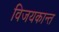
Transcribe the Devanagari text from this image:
विजयकान्त